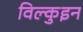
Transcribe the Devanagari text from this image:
विल्कुइन